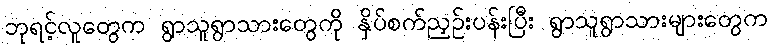
ဘုရင့်လူတွေက ရွာသူရွာသားတွေကို နှိပ်စက်ညှဉ်းပန်းပြီး ရွာသူရွာသားများတွေက